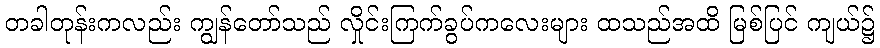
တခါတုန်းကလည်း ကျွန်တော်သည် လှိုင်းကြက်ခွပ်ကလေးများ ထသည်အထိ မြစ်ပြင် ကျယ်၌